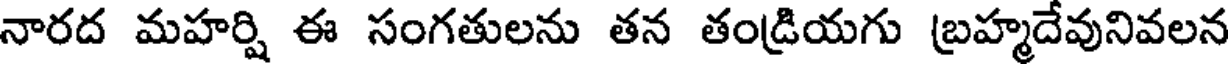
నారద మహర్షి ఈ సంగతులను తన తండ్రియగు బ్రహ్మదేవునివలన